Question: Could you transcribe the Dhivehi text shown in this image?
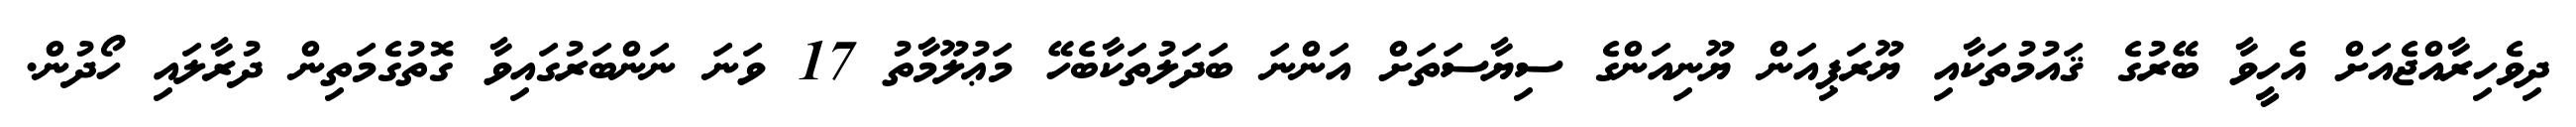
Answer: ދިވެހިރާއްޖެއަށް އެހީވާ ބޭރުގެ ޤައުމުތަކާއި ޔޫރަޕިއަން ޔޫނިއަންގެ ސިޔާސަތަށް އަންނަ ބަދަލުތަކާބެހޭ މަޢުލޫމާތު 17 ވަނަ ނަންބަރުގައިވާ ގޮތުގެމަތިން ދުރާލައި ހޯދުން.